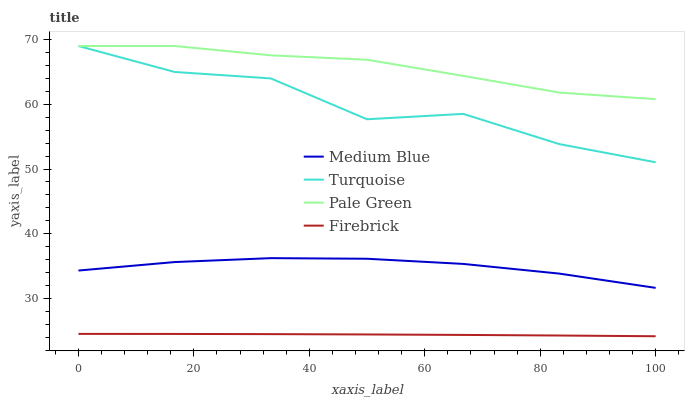
| xaxis_label | Medium Blue | Turquoise | Pale Green | Firebrick |
 | --- | --- | --- | --- | --- |
 | 0 | 34.3 | 69 | 69 | 24.5 |
 | 16.7 | 35.6 | 65 | 69 | 24.5 |
 | 33.3 | 36.2 | 64 | 67.6 | 24.5 |
 | 50 | 36.1 | 57.7 | 66.9 | 24.4 |
 | 66.7 | 35.3 | 58.5 | 64.4 | 24.4 |
 | 83.3 | 33.8 | 53.8 | 61.8 | 24.3 |
 | 100 | 31.6 | 51 | 60.8 | 24.2 |